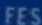
FES